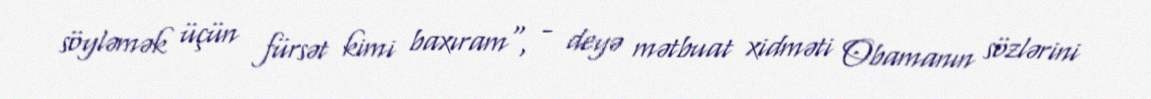
söyləmək üçün fürsət kimi baxıram", - deyə mətbuat xidməti Obamanın sözlərini